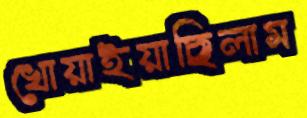
খোয়াইয়াছিলাম